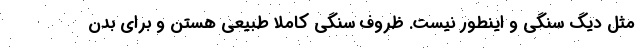
مثل دیگ سنگی و اینطور نیست. ظروف سنگی کاملا طبیعی هستن و برای بدن